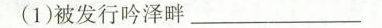
(1)被发行吟泽畔___